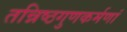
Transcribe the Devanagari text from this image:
तन्निष्ठगुणकर्मणां